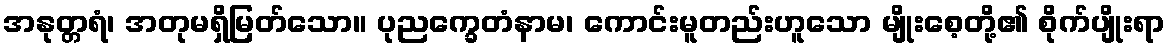
အနုတ္တရံ၊ အတုမရှိမြတ်သော။ ပုညက္ခေတံနာမ၊ ကောင်းမူတည်းဟူသော မျိုးစေ့တို့၏ စိုက်ပျိုးရာ